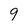
Character: 9